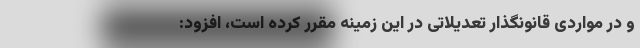
و در مواردی قانونگذار تعدیلاتی در این زمینه مقرر کرده است، افزود: